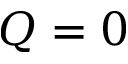
Q = 0